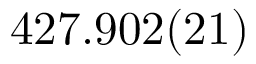
4 2 7 . 9 0 2 ( 2 1 )